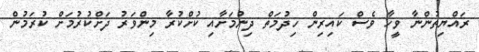
ރައްޔިތުންނާ ވީހާ ވެސް ކައިރިން ހިދުމަތް ދިނުމަށާއި ކުށްކުރާ މިންވަރު ދަށްކުރުމަށް ކުރަމުން